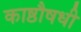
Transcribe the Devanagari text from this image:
काष्ठौषधी